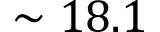
\sim 1 8 . 1